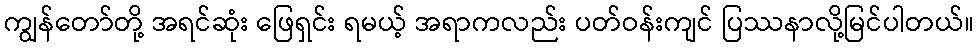
ကျွန်တော်တို့ အရင်ဆုံး ဖြေရှင်း ရမယ့် အရာကလည်း ပတ်ဝန်းကျင် ပြဿနာလို့မြင်ပါတယ်။